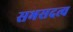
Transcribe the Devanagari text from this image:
सभसदत्व